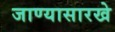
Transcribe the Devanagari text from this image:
जाण्यासारखे